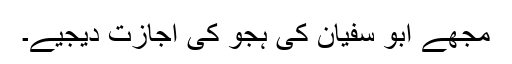
مجھے ابو سفیان کی ہجو کی اجازت دیجیے۔